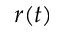
r ( t )